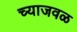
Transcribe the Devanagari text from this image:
च्याजवळ